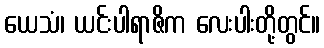
ယေသံ၊ ယင်းပါရာဇိက လေးပါးတို့တွင်။